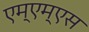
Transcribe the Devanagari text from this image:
एम्एम्एस